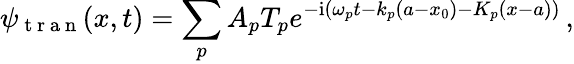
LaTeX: \psi_{\mathrm{~t~r~a~n~}}(x,t)=\sum_{p}A_{p}T_{p}e^{-\mathrm{i}\left(\omega_{p}t-k_{p}(a-x_{0})-K_{p}(x-a)\right)}\, ,